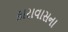
કારાવાસના